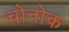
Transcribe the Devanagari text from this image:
चोनोक